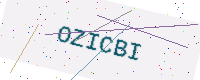
Text: OZICBI